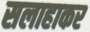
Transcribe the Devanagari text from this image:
सलाहाकर